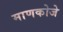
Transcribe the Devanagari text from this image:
माणकोजे